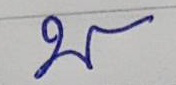
บ